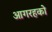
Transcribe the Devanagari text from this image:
आगरहको